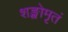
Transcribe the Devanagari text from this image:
शङ्खोमृतं